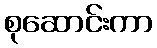
စုဆောင်းကာ